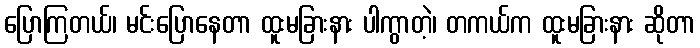
ပြောကြတယ်၊ မင်းပြောနေတာ ထူးမခြားနား ပါကွာတဲ့၊ တကယ်က ထူးမခြားနား ဆိုတာ